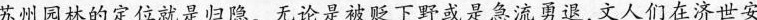
苏州园林的定位就是归隐。无论是被贬下野或是急流勇退，文人们在济世安